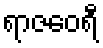
ရာဇဝေရီ